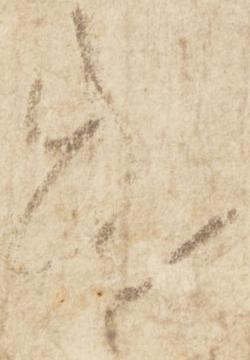
遣